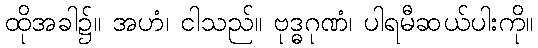
ထိုအခါ၌။ အဟံ၊ ငါသည်။ ဗုဒ္ဓဂုဏံ၊ ပါရမီဆယ်ပါးကို။